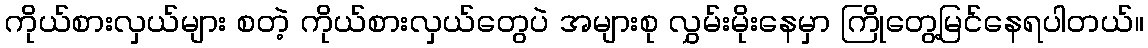
ကိုယ်စားလှယ်များ စတဲ့ ကိုယ်စားလှယ်တွေပဲ အများစု လွှမ်းမိုးနေမှာ ကြိုတွေ့မြင်နေရပါတယ်။